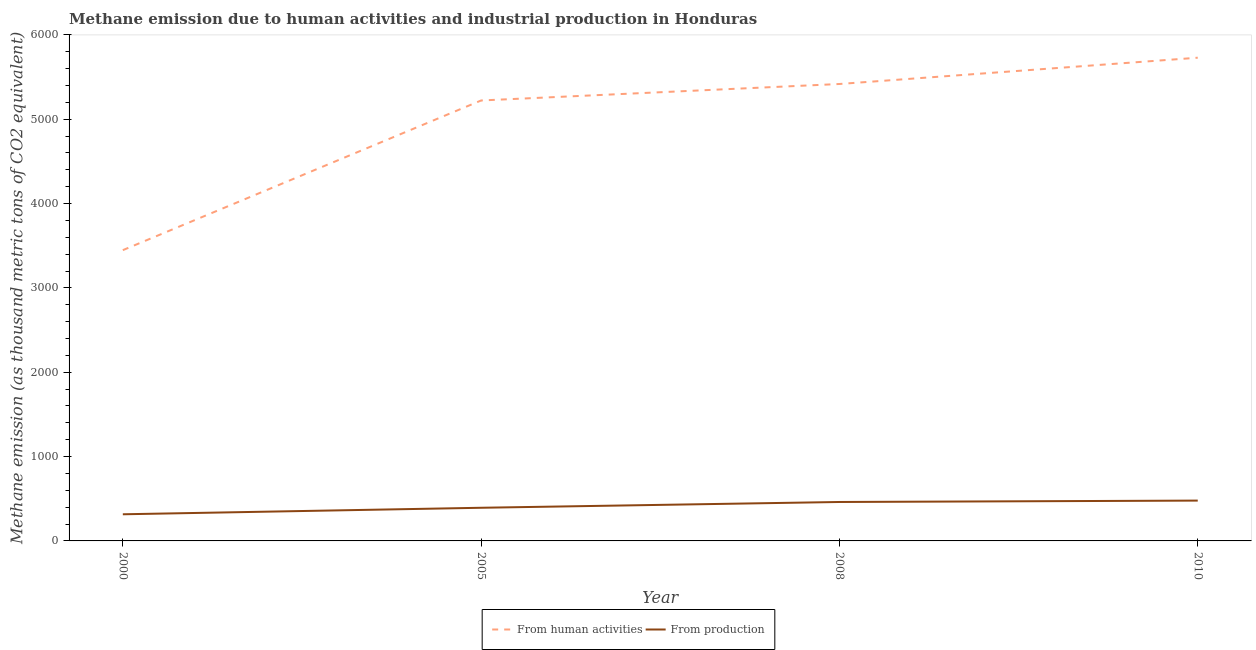
| Year | From human activities | From production |
 | --- | --- | --- |
 | 2000 | 3.45e+03 | 316 |
 | 2005 | 5.22e+03 | 393 |
 | 2008 | 5.42e+03 | 462 |
 | 2010 | 5.73e+03 | 478 |